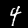
Digit: 4